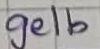
Text: gelb